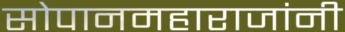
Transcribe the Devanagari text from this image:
सोपानमहाराजांनी